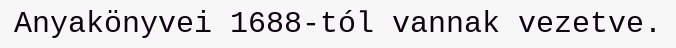
Anyakönyvei 1688-tól vannak vezetve.